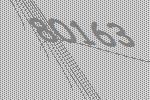
80163